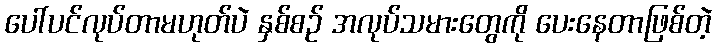
ပေါ်ပင်လုပ်တာမဟုတ်ပဲ နှစ်စဉ် အလုပ်သမားတွေကို ပေးနေတာဖြစ်တဲ့